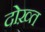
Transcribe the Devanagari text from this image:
दोख़्त